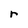
Character: r